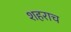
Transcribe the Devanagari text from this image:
शहराच